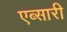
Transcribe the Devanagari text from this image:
एब्सारी